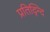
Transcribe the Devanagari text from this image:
प्रतिद्न्दि